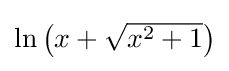
\textstyle \ln {\bigl (}x+{\sqrt {x^{2}+1}}{\bigr )}